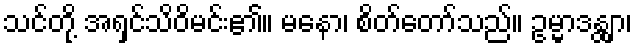
သင်တို့ အရှင်သိဝိမင်း၏။ မနော၊ စိတ်တော်သည်။ ဥမ္မာဒန္တျာ၊